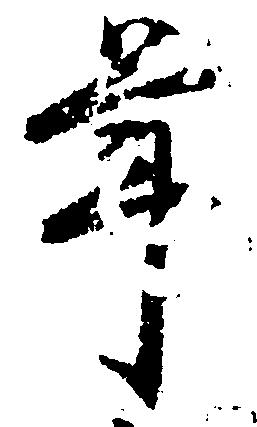
年